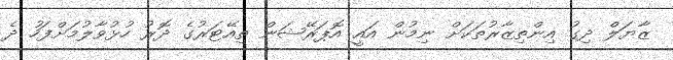
ޒާޔަލް ދިގު އިންތިޒާރުތަކަށް ނިމުން އައީ އޮޕަރޭޝަން ތިއޭޓަރުގެ ދޮރު ހުޅުވާލުމަށްފަހު ދެ